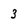
Character: 3